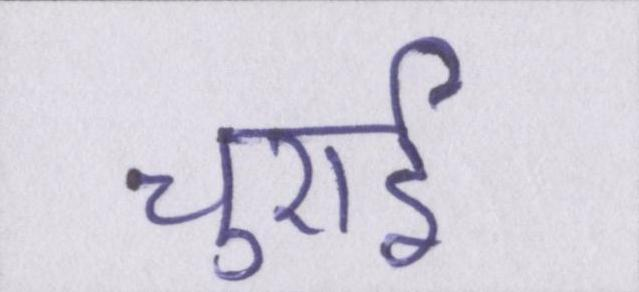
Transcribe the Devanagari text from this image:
चुराई